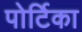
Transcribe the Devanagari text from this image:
पोर्टिका